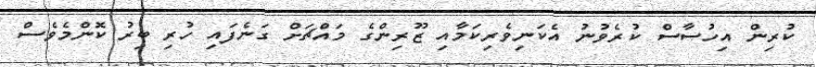
ކުރިން އިހުސާސް ކުރެވުނު އެކަނިވެރިކަމާއި ޒޫރިންގެ މައްޗަށް ގަނެފައި ހުރި ބިރު ކޮންމެވެސް